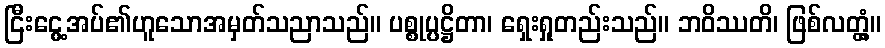
ငြီးငွေ့အပ်၏ဟူသောအမှတ်သညာသည်။ ပစ္စုပ္ပဋ္ဌိတာ၊ ရှေးရှုတည်းသည်။ ဘဝိဿတိ၊ ဖြစ်လတ္တံ့။